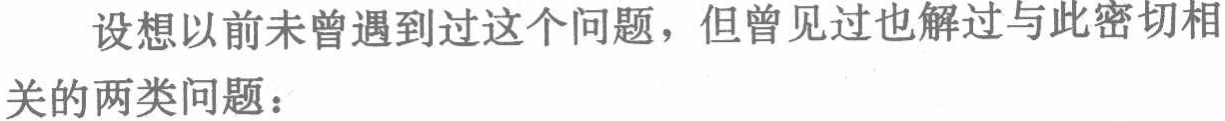
设想以前未曾遇到过这个问题，但曾见过也解过与此密切相

关的两类问题：